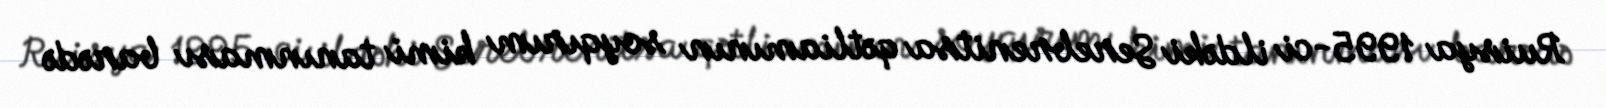
Ruisya 1995-ci ildəki Serebrenitsa qətliamının soyqırım kimi tanınması barədə